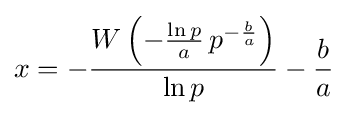
x=-{\frac {W\left(-{\frac {\ln p}{a}}\,p^{-{\frac {b}{a}}}\right)}{\ln p}}-{\frac {b}{a}}